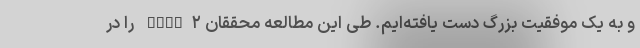
و به یک موفقیت بزرگ دست یافته‌ایم. طی این مطالعه محققان FMNL۲ را در